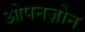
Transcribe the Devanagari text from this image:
ओपनज़ोन